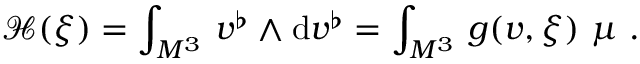
{ \mathcal H } ( \xi ) = \int _ { M ^ { 3 } } \, v ^ { \flat } \wedge \mathrm { d } v ^ { \flat } = \int _ { M ^ { 3 } } \, g ( v , \xi ) \ \mu \ .